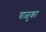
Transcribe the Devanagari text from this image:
वाळुका